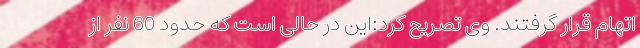
اتهام قرار گرفتند. وی تصریح کرد:این در حالی است که حدود 60 نفر از